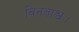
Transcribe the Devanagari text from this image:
विनताश्व।